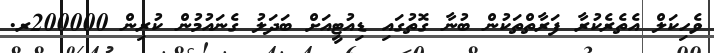
ވެހިކަލް އެތެރެކުރާ ފަރާތްތަކުން ބުނާ ގޮތުގައި ޑިއުޓީއަށް ބަދަލު ގެނައުމުން ކުރިން 200000ރ.